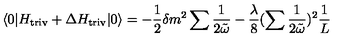
\langle 0 | H _ { \mathrm { t r i v } } + \Delta H _ { \mathrm { t r i v } } | 0 \rangle = - \frac { 1 } { 2 } \delta m ^ { 2 } \sum \frac { 1 } { 2 \tilde { \omega } } - \frac { \lambda } { 8 } ( \sum \frac { 1 } { 2 \tilde { \omega } } ) ^ { 2 } \frac { 1 } { L }